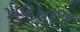
મલાતજ